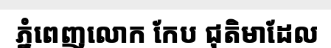
ភ្នំពេញលោក កែប ជុតិមាដែល